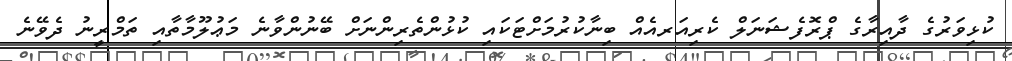
ކުޅިވަރުގެ ދާއިރާގެ ޕްރޮފެޝަނަލް ކެރިއަރއެއް ބިނާކުރުމަށްޓަކައި ކުޅުންތެރިންނަށް ބޭނުންވާނެ މަޢުލޫމާތާއި ތަމްރީނު ދެވޭނެ